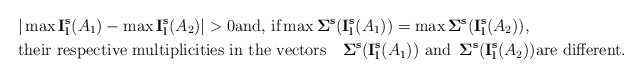
\begin{align*}&\vert \max {\bf I_l^s}(A_1)-\max {\bf I_l^s}(A_2)\vert >0 \hbox{and, if} \max {\bf \Sigma^s}({\bf I_l^s}(A_1))=\max {\bf \Sigma^s}({\bf I_l^s}(A_2)),\\ &\hbox{their respective multiplicities in the vectors}\quad{\bf \Sigma^s}({\bf I_l^s}(A_1))\,\,\hbox{and}\,\,\, {\bf \Sigma^s}({\bf I_l^s}(A_2)) \hbox{are different.}\end{align*}